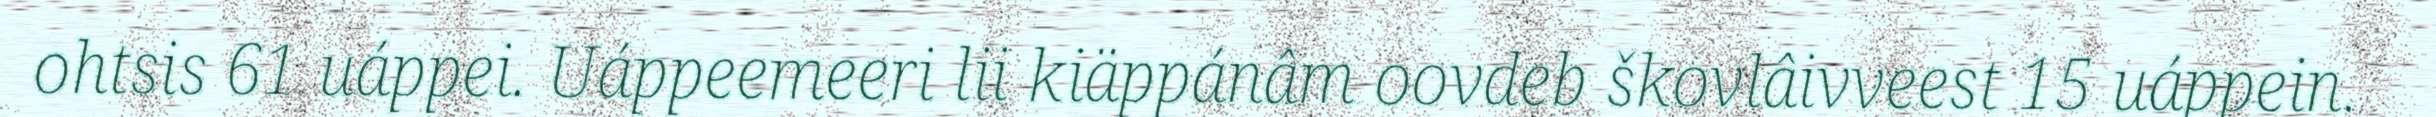
ohtsis 61 uáppei. Uáppeemeeri lii kiäppánâm oovdeb škovlâivveest 15 uáppein.